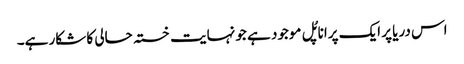
اس دریا پر ایک پرانا پُل موجود ہے جو نہایت خستہ حالی کا شکار ہے۔